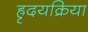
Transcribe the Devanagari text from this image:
ह्रृदयक्रिया